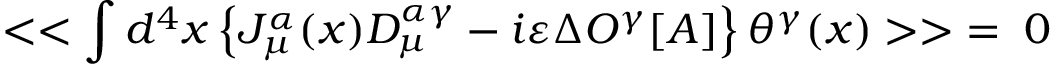
< < \int d ^ { 4 } x \left\{ J _ { \mu } ^ { \alpha } ( x ) D _ { \mu } ^ { \alpha \gamma } - i \varepsilon \Delta O ^ { \gamma } [ A ] \right\} \theta ^ { \gamma } ( x ) > > \; = \; 0